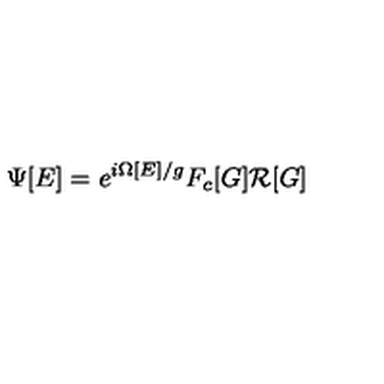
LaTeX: \Psi [ E ] = e ^ { i \Omega [ E ] / g } F _ { c } [ G ] { \cal R } [ G ]